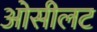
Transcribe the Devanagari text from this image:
ओसीलट